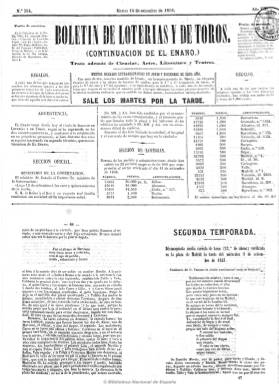
Título: Boletín de loterías y de toros (Madrid)
Colección: Toros
Ámbito geográfico: Madrid
Lugar de publicación: Madrid
Fechas: 14/09/1858-30/03/1885

Continúa la numeración de El enano (1851-1858), periódico especializado en tauromaquia y en los sorteos de la lotería nacional y la primitiva, y en su subtítulo señala que “trata además de ciencias, arte, literatura y teatros”. Como su título antecesor, sigue siendo de periodicidad semanal, saliendo los martes por la tarde, y de cuatro páginas. Sus corresponsales publican crónicas y noticias de las corridas y novilladas de toros que se celebran en las distintas provincias españolas y en las plazas extranjeras, principalmente de Hispanoamérica, así como de los lidiadores, y los resultados de los sorteos semanales de lotería. También dedica especial espacio a las crónicas y noticias de espectáculos (teatro, circo, música, zarzuela, bailes, etc.). Tiene también una sección oficial para notas breves de actualidad de la corona, las cortes y el gobierno, y otra de noticias extranjeras. En la sección literaria publica poemas, epigramas, charadas, etc. Asimismo publica un folletín literario siempre en el faldón e incluye anuncios comerciales.

Aunque al principio sigue apareciendo como editor responsable Longinos Pérez y más tarde Juan José Ludeña, se expresará que su fundador es José Carmona y Jiménez. Entre los colaboradores aparece Eduardo Moral. Del 1875 a 1882 publicará el Suplemento al Boletín de loterías y de toros. En 1885 recuperará el título de su antigua cabecera: El enano.